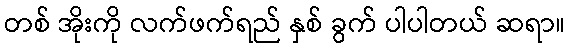
တစ် အိုးကို လက်ဖက်ရည် နှစ် ခွက် ပါပါတယ် ဆရာ။